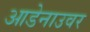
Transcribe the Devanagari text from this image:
आडेनाउवर